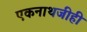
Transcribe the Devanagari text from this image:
एकनाथजीही